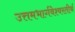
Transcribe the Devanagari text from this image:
उत्तमभार्गवेश्वरतीर्थ